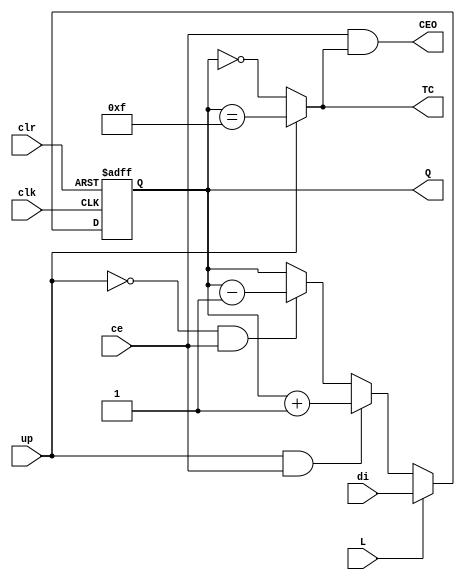
`timescale 1ns / 1ps
//////////////////////////////////////////////////////////////////////////////////
// Company: 
// Engineer: 
// 
// Design Name: 
// Module Name:    VCB4CLED 
// Project Name: 
// Target Devices: 
// Tool versions: 
// Description: 
//
// Dependencies: 
//
// Revision: 
// Revision 0.01 - File Created
// Additional Comments: 
//
//////////////////////////////////////////////////////////////////////////////////
module VCB4CLED(
    input ce,
    input up,
    input [3:0] di,
    input L,
    input clk,
    input clr,
    output reg [3:0] Q = 0,
    output wire CEO,
    output wire TC
    );
assign TC = up?(Q == (1<<4) - 1):(Q == 0);
assign CEO = ce & TC;
always @ (posedge clr or posedge clk) begin
if (clr) Q <= 0;
else Q <= L?di:(up & ce)?Q+1:(!up & ce)?Q-1:Q;
end
endmodule